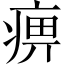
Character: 痹